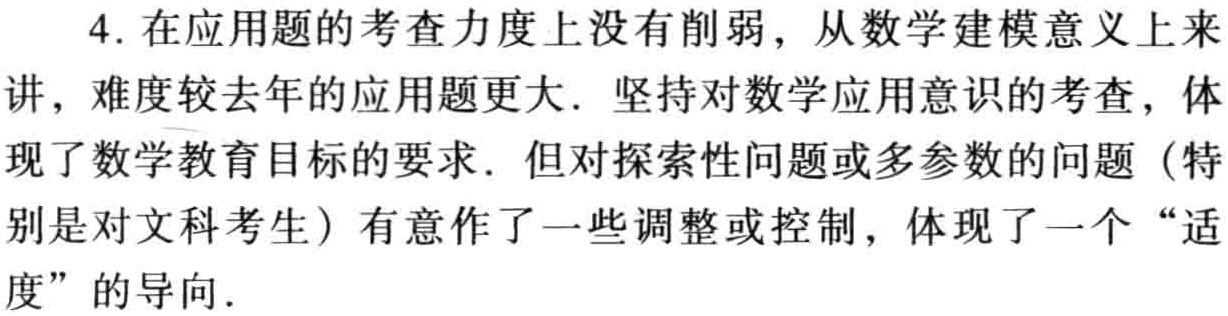
4. 在应用题的考查力度上没有削弱，从数学建模意义上来讲，难度较去年的应用题更大. 坚持对数学应用意识的考查，体现了数学教育目标的要求. 但对探索性问题或多参数的问题（特别是对文科考生）有意作了一些调整或控制，体现了一个 “适度” 的导向.